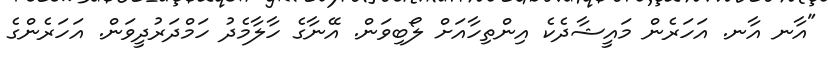
"އާނ އާނ. އަހަރެން މައީޝާދެކެ އިންތިހާއަށް ލޯބިވަން. އޭނާގެ ހާލާމެދު ހަމްދަރުދީވަން. އަހަރެންގެ